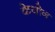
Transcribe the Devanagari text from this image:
केयोन